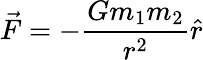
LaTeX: {\vec{F}}=-{\frac{Gm_{1}m_{2}}{r^{2}}}{\hat{r}}